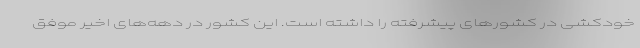
خودکشی در کشورهای پیشرفته را داشته است. این کشور در دهه‌های اخیر موفق